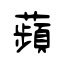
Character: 蘋